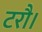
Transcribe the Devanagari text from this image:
टरौ।